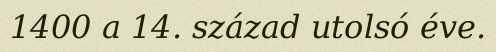
1400 a 14. század utolsó éve.